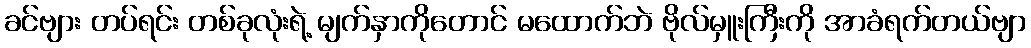
ခင်ဗျား တပ်ရင်း တစ်ခုလုံးရဲ့ မျက်နှာကိုတောင် မထောက်ဘဲ ဗိုလ်မှူးကြီးကို အာခံရက်တယ်ဗျာ